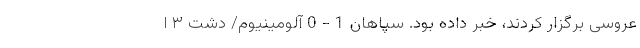
عروسی برگزار کردند، خبر داده بود. سپاهان 1 - 0 آلومینیوم/ دشت ۳ ا